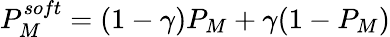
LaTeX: P_{M}^{soft}=(1-\gamma)P_{M}+\gamma(1-P_{M})